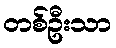
တစ်ဦးသာ